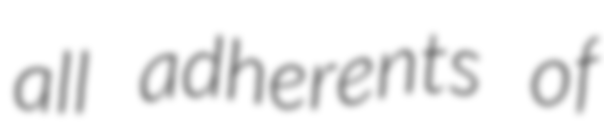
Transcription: all adherents of